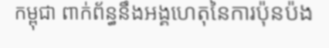
កម្ពុជា ពាក់ព័ន្ធនឹងអង្គហេតុនៃការប៉ុនប៉ង